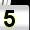
Digit: 5